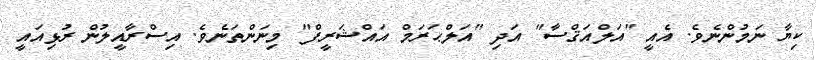
ކިޔާ ނަމުންނެވެ. އެއީ "އަލްއަޤްސާ" އަދި "އަލްޙަރަމް އައްޝަރީފް" މިނަންތަނެވެ. އިސްރާއީލުން ރުޅިއައީ